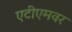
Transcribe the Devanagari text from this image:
एटीएमवर